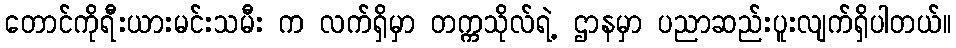
တောင်ကိုရီးယားမင်းသမီး က လက်ရှိမှာ တက္ကသိုလ်ရဲ့ ဌာနမှာ ပညာဆည်းပူးလျက်ရှိပါတယ်။